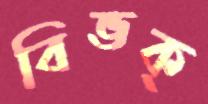
বিভক্